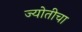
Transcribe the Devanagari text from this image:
ज्योतीचा